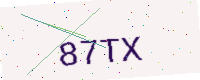
Text: 87TX